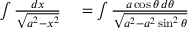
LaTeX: \begin{array} { r l } { \int { \frac { d x } { \sqrt { a ^ { 2 } - x ^ { 2 } } } } } & { { } = \int { \frac { a \cos \theta \, d \theta } { \sqrt { a ^ { 2 } - a ^ { 2 } \sin ^ { 2 } \theta } } } } \end{array}